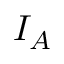
I _ { A }